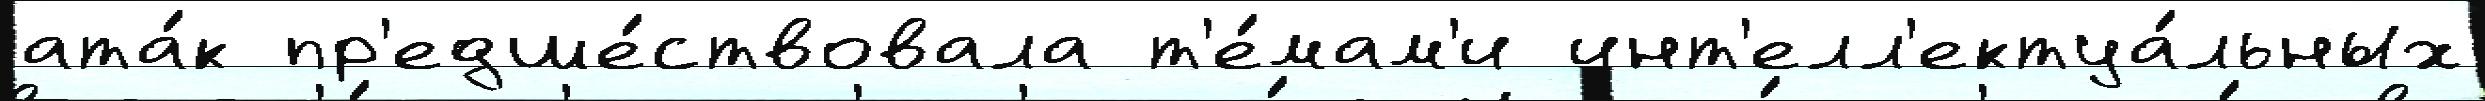
ата́к пр'едше́ствовала т'е́мам'и инт'елл'ектуа́льных